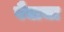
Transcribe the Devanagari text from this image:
वैद्याचा